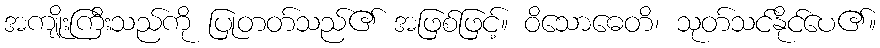
အကျိုးကြီးသည်ကို ပြုတတ်သည်၏ အဖြစ်ဖြင့်။ ဝိသောဓေတိ၊ သုတ်သင်နိုင်ပေ၏။